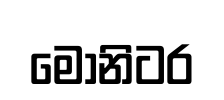
මොනිටර